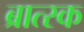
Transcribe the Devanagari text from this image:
ब्रात्स्क